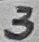
Text: 3